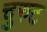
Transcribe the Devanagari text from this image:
चुरुट